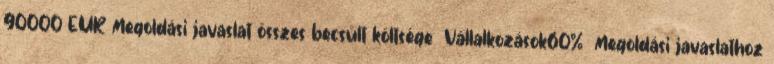
90000 EUR▪Megoldási javaslat összes becsült költsége ▪Vállalkozások60% ▪Megoldási javaslathoz